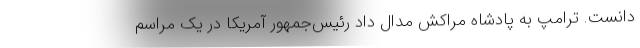
دانست. ترامپ به پادشاه مراکش مدال داد رئیس‌جمهور آمریکا در یک مراسم